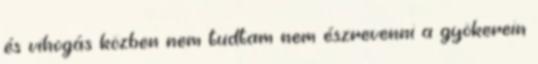
és vihogás közben nem tudtam nem észrevenni a gyökerein